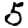
Digit: 5